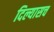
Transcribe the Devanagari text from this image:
दिल्यासच